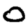
Digit: 0